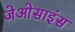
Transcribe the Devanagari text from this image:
जेओसाइंस